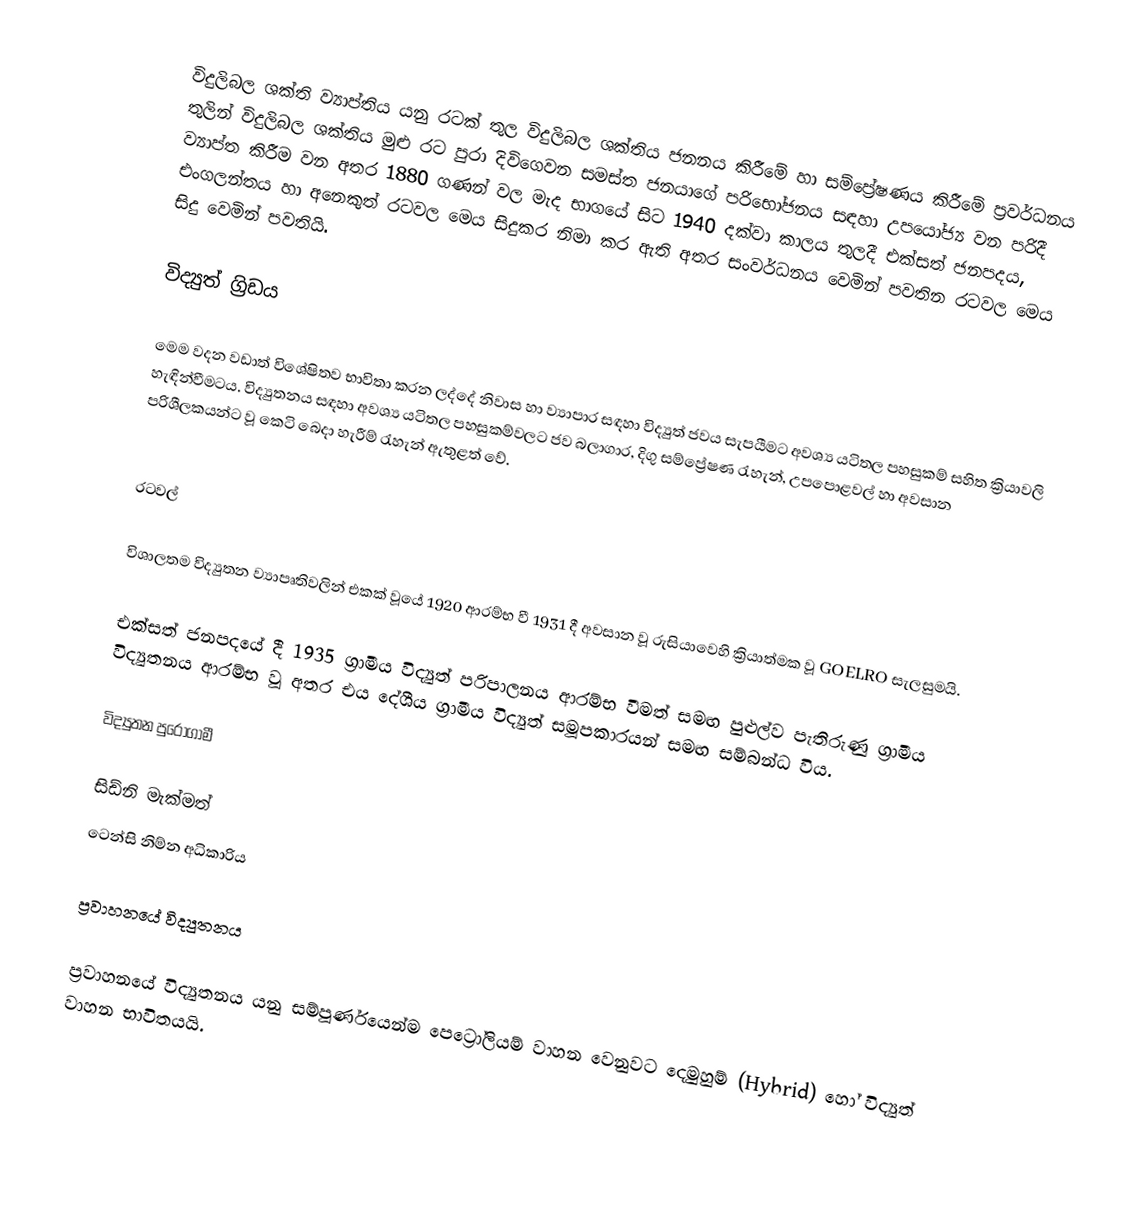
විදුලිබල ශක්ති ව්‍යාප්තිය යනු රටක් තුල විදුලිබල ශක්තිය ජනනය කිරීමේ හා සම්ප්‍රේෂණය කිරීමේ ප්‍රවර්ධනය තුලින් විදුලිබල ශක්තිය මුළු රට පුරා දිවිගෙවන සමස්ත ජනයාගේ  පරිභෝජනය සඳහා උපයෝජ්‍ය වන පරිදී ව්‍යාප්ත කිරීම වන අතර 1880 ගණන් වල මැද භාගයේ සිට 1940  දක්වා කාලය තුලදී එක්සත් ජනපදය, එංගලන්තය හා අනෙකුත් රටවල මෙය සිදුකර නිමා කර ඇති අතර සංවර්ධනය වෙමින් පවතින රටවල මෙය සිදු වෙමින් පවතියි.

විද්‍යුත් ග්‍රිඩය

මෙම වදන වඩාත් විශේෂිතව භාවිතා කරන ලද්දේ නිවාස හා ව්‍යාපාර සඳහා විද්‍යුත් ජවය සැපයීමට අවශ්‍ය යටිතල පහසුකම් සහිත ක්‍රියාවලි හැඳින්වීමටය. විද්‍යුතනය සඳහා අවශ්‍ය යටිතල පහසුකම්වලට ජව බලාගාර, දිගු සම්ප්‍රේෂණ රැහැන්, උපපොළවල් හා අවසාන පරිශීලකයන්ට වූ කෙටි බෙදා හැරීම් රැහැන් ඇතුළත් වේ.

රටවල්

විශාලතම විද්‍යුතන ව්‍යාපෘතිවලින් එකක් වූයේ 1920 ආරම්භ වී 1931 දී අවසාන වූ රුසියාවෙහි ක්‍රියාත්මක වූ GOELRO සැලසුමයි.

එක්සත් ජනපදයේ දී 1935 ග්‍රාමීය විද්‍යුත් පරිපාලනය ආරම්භ වීමත් සමඟ පුළුල්ව පැතිරුණු ග්‍රාමීය විද්‍යුතනය ආරම්භ වූ අතර එය දේශීය ග්‍රාමීය විද්‍යුත් සමූපකාරයන් සමඟ සම්බන්ධ විය.

විද්‍යුතන පුරෝගාමී

 සිඩ්නි මැක්මත්
 ටෙන්සි නිම්න අධිකාරිය

ප්‍රවාහනයේ විද්‍යුතනය

ප්‍රවාහනයේ විද්‍යුතනය යනු සම්පූර්ණයෙන්ම පෙට්‍රෝලියම් වාහන වෙනුවට දෙමුහුම් (Hybrid) හෝ විද්‍යුත් වාහන භාවිතයයි.